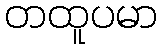
တထူပမာ